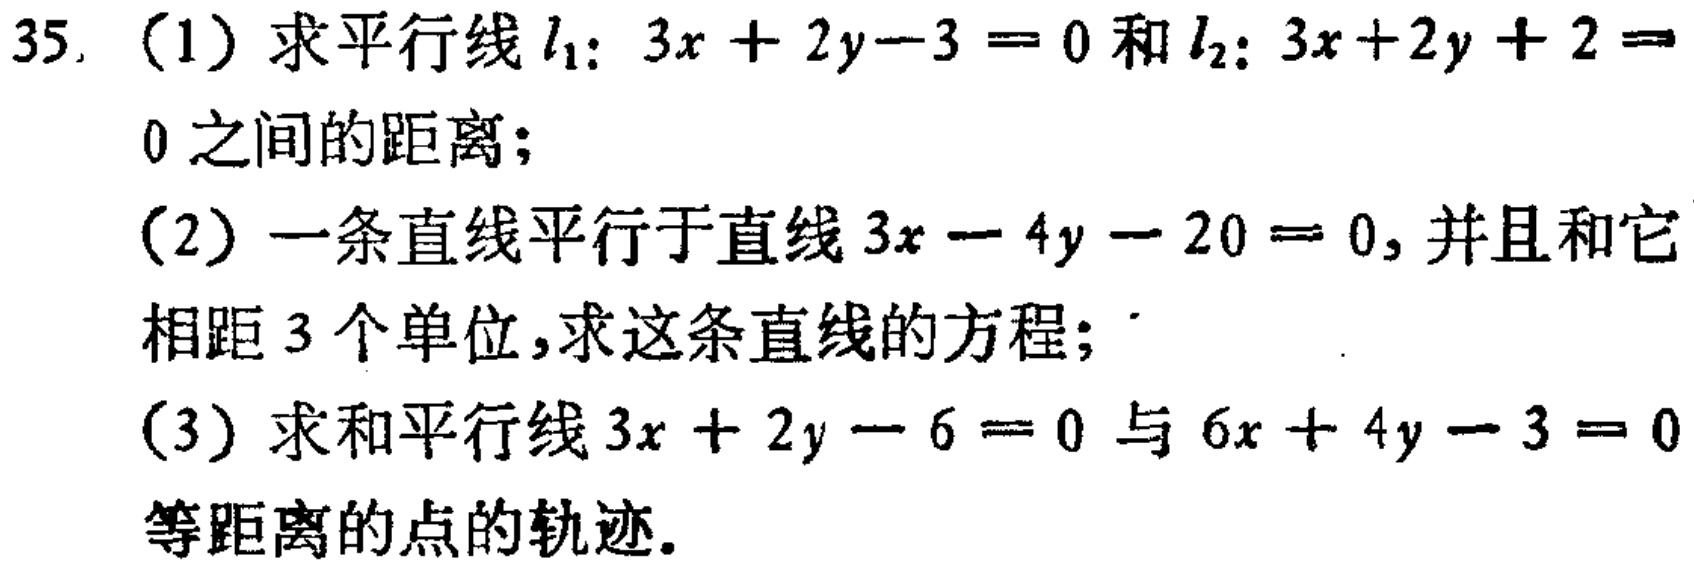
35.（1）求平行线\(l_{1}:3x + 2y - 3 = 0\)和\(l_{2}:3x + 2y + 2 = 0\)之间的距离；
（2）一条直线平行于直线\(3x - 4y - 20 = 0\)，并且和它相距3个单位，求这条直线的方程；
（3）求和平行线\(3x + 2y - 6 = 0\)与\(6x + 4y - 3 = 0\)等距离的点的轨迹。